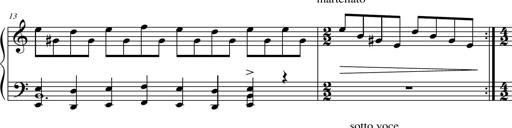
Title: Suite in the Old Style
Composer: Tyler Versluis